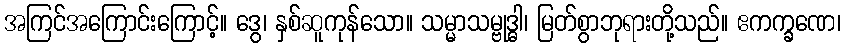
အကြင်အကြောင်းကြောင့်။ ဒွေ၊ နှစ်ဆူကုန်သော။ သမ္မာသမ္ဗုဒ္ဓါ၊ မြတ်စွာဘုရားတို့သည်။ ဧကက္ခဏေ၊